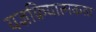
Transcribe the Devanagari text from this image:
यज्ञक्रियात्मकता